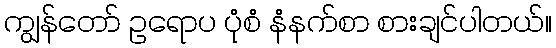
ကျွန်တော် ဥရောပ ပုံစံ နံနက်စာ စားချင်ပါတယ်။